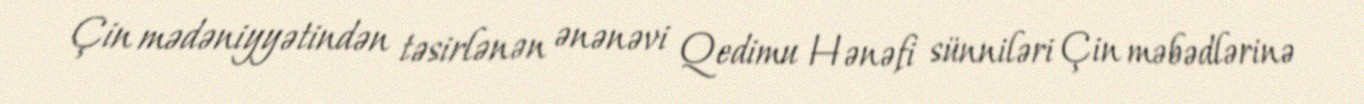
Çin mədəniyyətindən təsirlənən ənənəvi Qedimu Hənəfi sünniləri Çin məbədlərinə